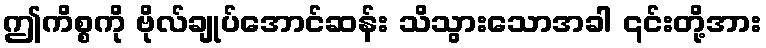
ဤကိစ္စကို ဗိုလ်ချုပ်အောင်ဆန်း သိသွားသောအခါ ၎င်းတို့အား